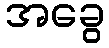
အခွေ